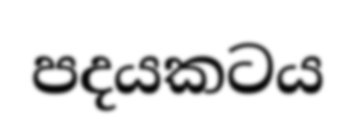
පදයකටය